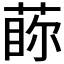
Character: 𱾃